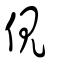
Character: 俔